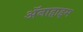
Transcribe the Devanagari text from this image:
अॅनाहाइम